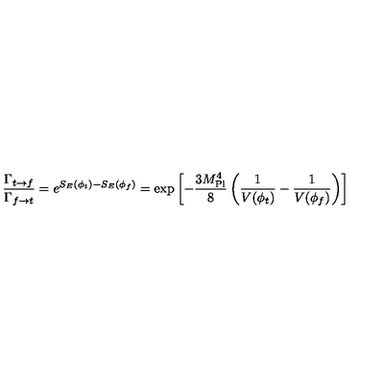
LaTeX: { \frac { \Gamma _ { t \rightarrow f } } { \Gamma _ { f \rightarrow t } } } = e ^ { S _ { E } ( \phi _ { t } ) - S _ { E } ( \phi _ { f } ) } = \exp \left[ - { \frac { 3 M _ { \mathrm { P l } } ^ { 4 } } { 8 } } \left( { \frac { 1 } { V ( \phi _ { t } ) } } - { \frac { 1 } { V ( \phi _ { f } ) } } \right) \right]